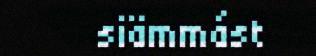
siämmást